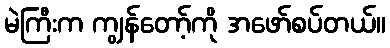
မဲကြီးက ကျွန်တော့်ကို အဖော်စပ်တယ်။